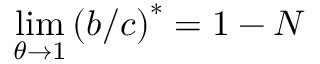
\operatorname* { l i m } _ { \theta \rightarrow 1 } \left( b / c \right) ^ { \ast } = 1 - N